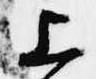
上